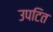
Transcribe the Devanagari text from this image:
उपटित